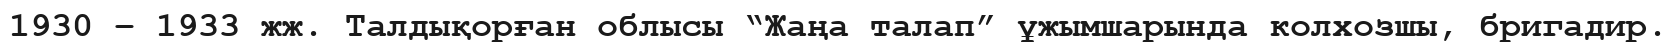
1930 – 1933 жж. Талдықорған облысы “Жаңа талап” ұжымшарында колхозшы, бригадир.